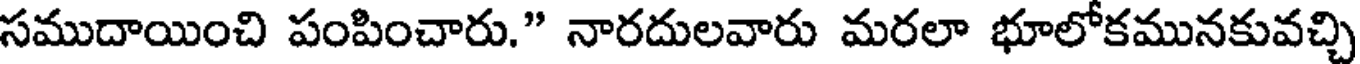
సముదాయించి పంపించారు." నారదులవారు మరలా భూలోకమునకువచ్చి